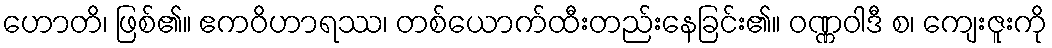
ဟောတိ၊ ဖြစ်၏။ ဧကဝိဟာရဿ၊ တစ်ယောက်ထီးတည်းနေခြင်း၏။ ဝဏ္ဏဝါဒီ စ၊ ကျေးဇူးကို